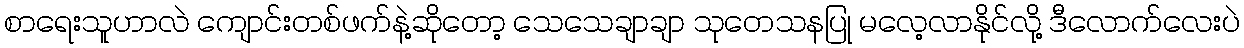
စာရေးသူဟာလဲ ကျောင်းတစ်ဖက်နဲ့ဆိုတော့ သေသေချာချာ သုတေသနပြု မလေ့လာနိုင်လို့ ဒီလောက်လေးပဲ